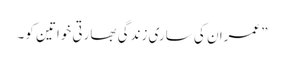
”عمران کی ساری زندگی بھارتی خواتین کو۔